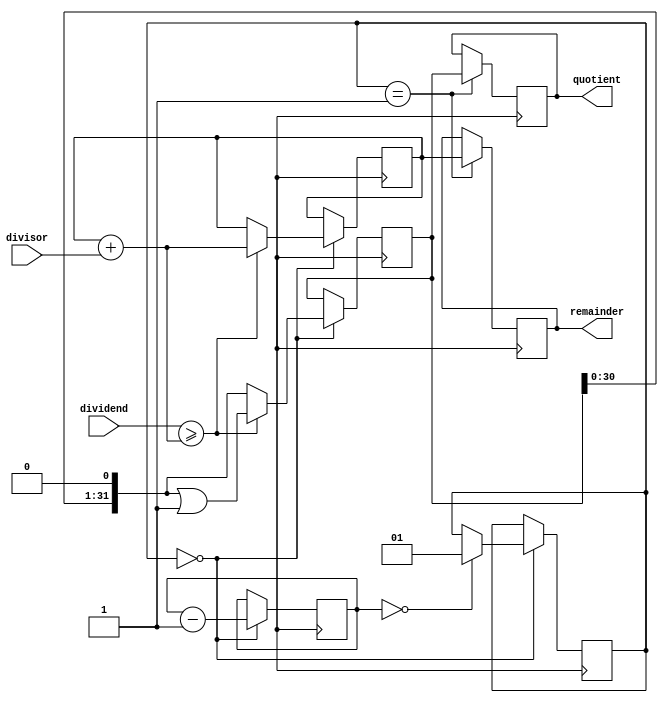
module Restoring_Divider (
  input wire [31:0] dividend,
  input wire [31:0] divisor,
  output wire [31:0] quotient,
  output wire [31:0] remainder
);

reg [31:0] temp_remainder = 0;
reg [31:0] temp_quotient = 0;
reg [31:0] count = 32;
reg [1:0] state = 0;

always @ (posedge clock) begin
  case(state)
    0: begin
      if(dividend >= temp_remainder + divisor) begin
        temp_remainder <= temp_remainder + divisor;
        temp_quotient <= temp_quotient << 1 | 1;
      end else begin
        temp_quotient <= temp_quotient << 1;
      end
      count <= count - 1;
      if(count == 0) begin
        state <= 1;
      end
    end
    1: begin
      remainder <= temp_remainder;
      quotient <= temp_quotient;
    end
  endcase
end

endmodule